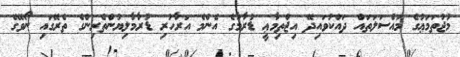
މުޖުތަމަޢުގެ މައްސަލަތައް ދައްކުވައިދޭ އިޖްތިމާޢީ ޑުރާމާގެ އެންމެ އަރާހުރި ޑުރާމާލިޔުންތެރިންގެ ތެރޭގައި ނޯވޭގެ